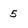
Character: 5